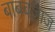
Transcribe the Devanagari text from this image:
बाबबजाज